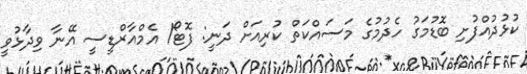
ކުޅުދުއްފުށި ބޮޑުމަގު ހެދުމުގެ މަސައްކަތް ކުރިއަށް ދަނީ: ފޮޓޯ/ އެމްއާރްޑީސީ އޭނާ ވިދާޅުވީ